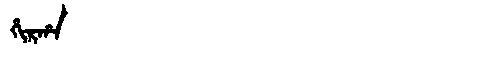
Manchu: ᡥᡳᡵᡥᠠ
Romanization: HIRHA